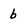
Character: b